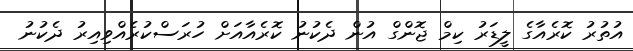
އުތުރު ކޮރެއާގެ ލީޑަރު ކިމް ޖޮންގް އުން ދެކުނު ކޮރެއާއަށް ހުރަސްކުރެއްވިއިރު ދެކުނު